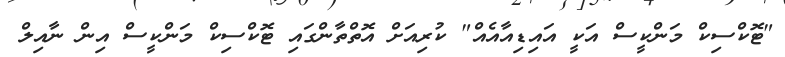
"ޓޮކްސިކް މަންކީސް އަކީ އައިޑިއާއެއް" ކުރިއަށް އޮތްތާންގައި ޓޮކްސިކް މަންކީސް އިން ނާއިލް